system: You are a helpful assistant.
user:
Analyze the provided spectrum to determine if it is a **Carbon Star (C-type)**.

- **Key Visual Indicators of Carbon Star:**
    - **(Primary):** Strong molecular absorption from **C₂ (diatomic carbon) "Swan Bands."** This is the **defining feature** of a carbon star.
        - **(Key Bandheads):** Sharp absorption edges are visible at approximately $5635$ Å, $5165$ Å (the strongest band), and $4737$ Å.
        - **(Line Profile):** Creates a distinct **"saw-tooth"** pattern. The key morphology is a sharp, steep bandhead on the **red (long-wavelength) side**, which then gradually tapers off (i.e., flux recovers) towards the **blue (short-wavelength) side**. *(This is the direct opposite of the TiO bands seen in M-type stars)*.

    - **(Secondary):** Intense **CN (cyanogen)** molecular absorption bands.
        - **(Key Bandheads):** Located in the blue and violet regions of the spectrum (e.g., near $4215$ Å and $3883$ Å).
        - **(Morphology):** These bands are extremely broad and act as a "blanket," absorbing the vast majority of blue and violet light. This creates a characteristic **"cliff"** or **"steep drop-off"** in the spectrum's flux at short wavelengths.

    - **(Key Confirmation):** Strong **CH absorption band (G-band)**.
        - **(Key Bandhead):** Located around $4300$ Å. The contribution from CH molecules to this band is exceptionally strong.

    - **(Overall Spectrum):**
        - The continuum is severely "chopped up" by these deep molecular bands, especially C₂, rather than appearing as a smooth curve.
        - Due to the heavy CN and C₂ absorption in the blue-green, the vast majority of the star's flux is concentrated in the red part of the spectrum, giving the star its characteristic deep red color.

Think first, call **spectral_visualization_tool** if needed to examine features in detail, then provide your final answer. Your response must adhere to the following strict rules:
1.  **Overall Structure:** Your response must follow the format `<think>...</think> <tool_call>...</tool_call> (if a tool is used) <answer>...</answer>`.
2.  **Tool Usage Constraint:** You may only make **one** tool call per turn.
3.  **Final Answer Format:** In the `<answer>` tag, your conclusion must be inside a `\boxed{}` command (e.g., `\boxed{YES}`), followed by your justification.

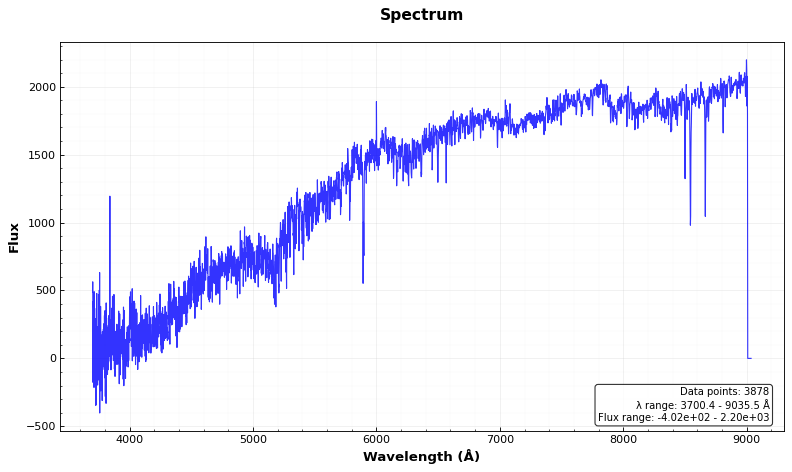
Answer: NO